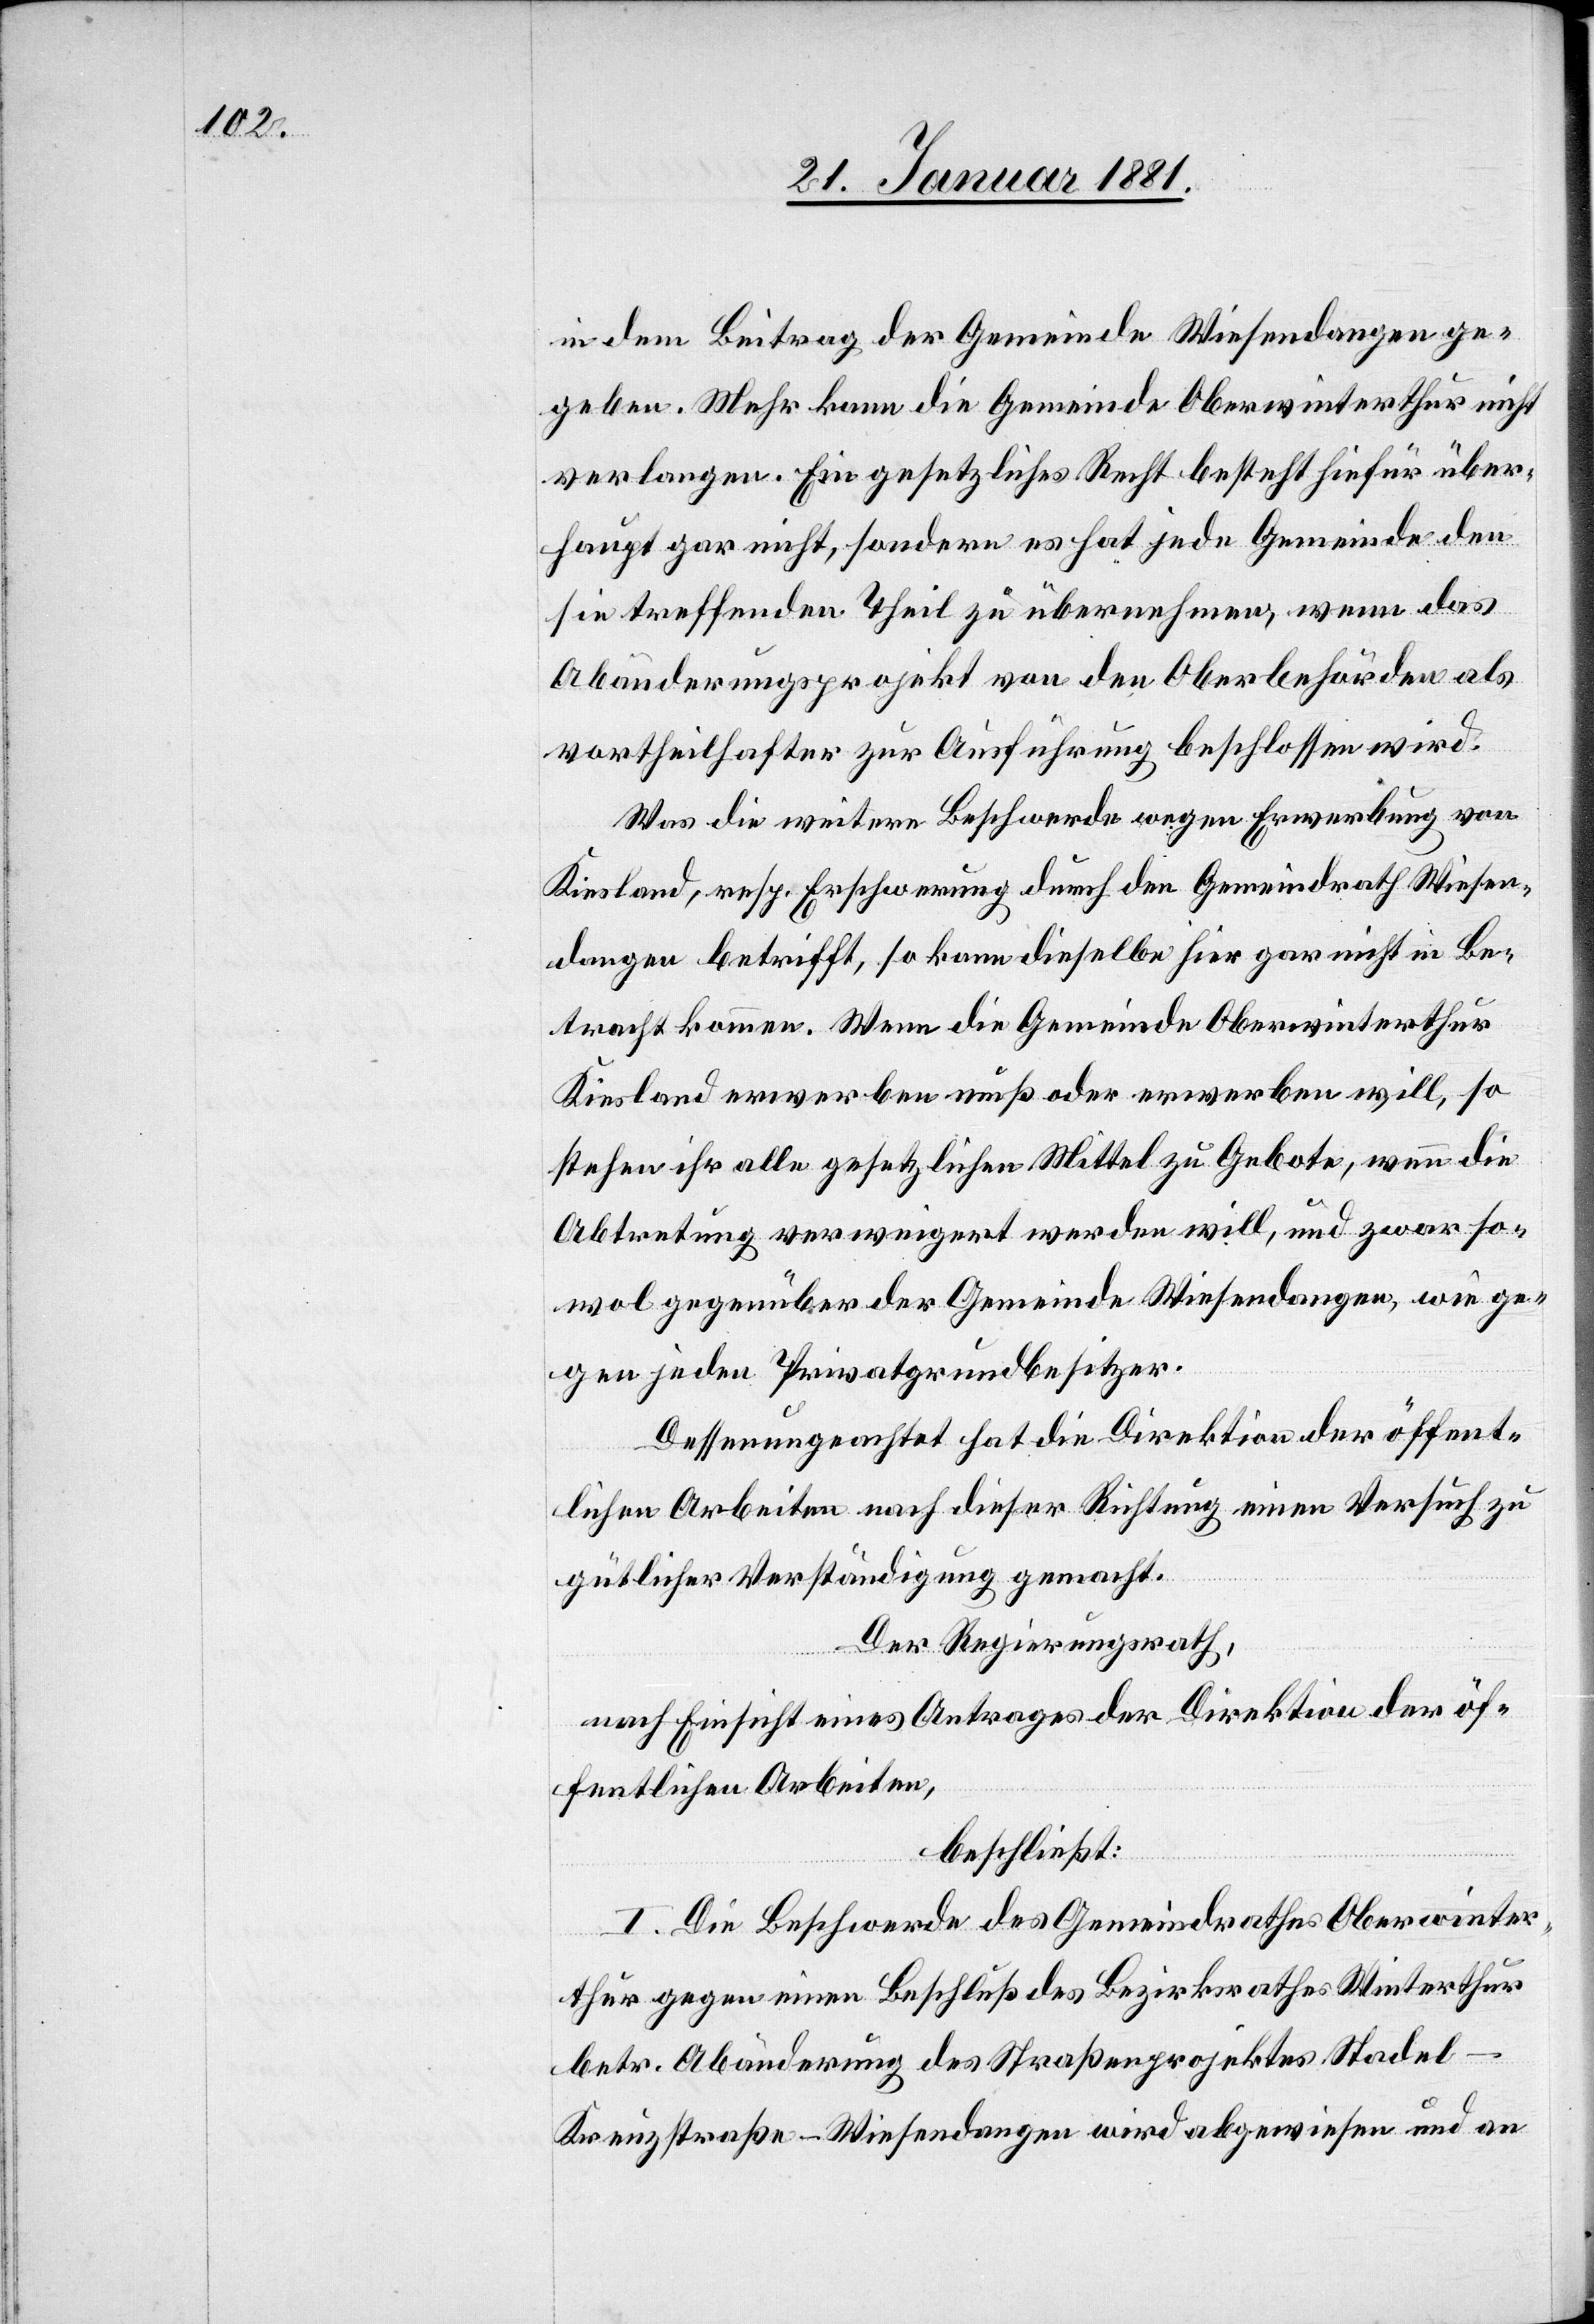
in dem Beitrag der Gemeinde Wiesendangen ge¬
geben. Mehr kann die Gemeinde Oberwinterthur nicht
verlangen. Ein gesetzliches Recht besteht hiefür über¬
haupt gar nicht, sondern es hat jede Gemeinde den
sie treffenden Theil zu übernehmen, wenn das
Abänderungsprojekt von den Oberbehörden als
vortheilhafter zur Ausführung beschlossen wird.
Was die weitere Beschwerde wegen Erwerbung von
Betracht kommen. Wenn die Gemeinde Oberwinterthur
Kiesland erwerben muß oder erwerben will, so
stehen ihr alle gesetzlichen Mittel zu Gebote, wenn die
Abtretung verweigert werden will, und zwar so¬
wol gegenüber der Gemeinde Wiesendangen, wie ge¬
gen jeden Privatgrundbesitzer.
Dessen ungeachtet hat die Direktion der öffent¬
lichen Arbeiten nach dieser Richtung einen Versuch zu
gütlicher Verständigung gemacht.
Der Regierungsrath,
nach Einsicht eines Antrages der Direktion der öf¬
fentlichen Arbeiten,
beschließt:
I. Die Beschwerde des Gemeindrathes Oberwinter¬
thur gegen einen Beschluß des Bezirksrathes Winterthur
betr. Abänderung des Straßenprojektes Stade¬
l–Kreuzstraße–Wiesendangen wird abgewiesen und an